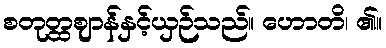
စတုတ္ထဈာန်နှင့်ယှဉ်သည်။ ဟောတိ၊ ၏။